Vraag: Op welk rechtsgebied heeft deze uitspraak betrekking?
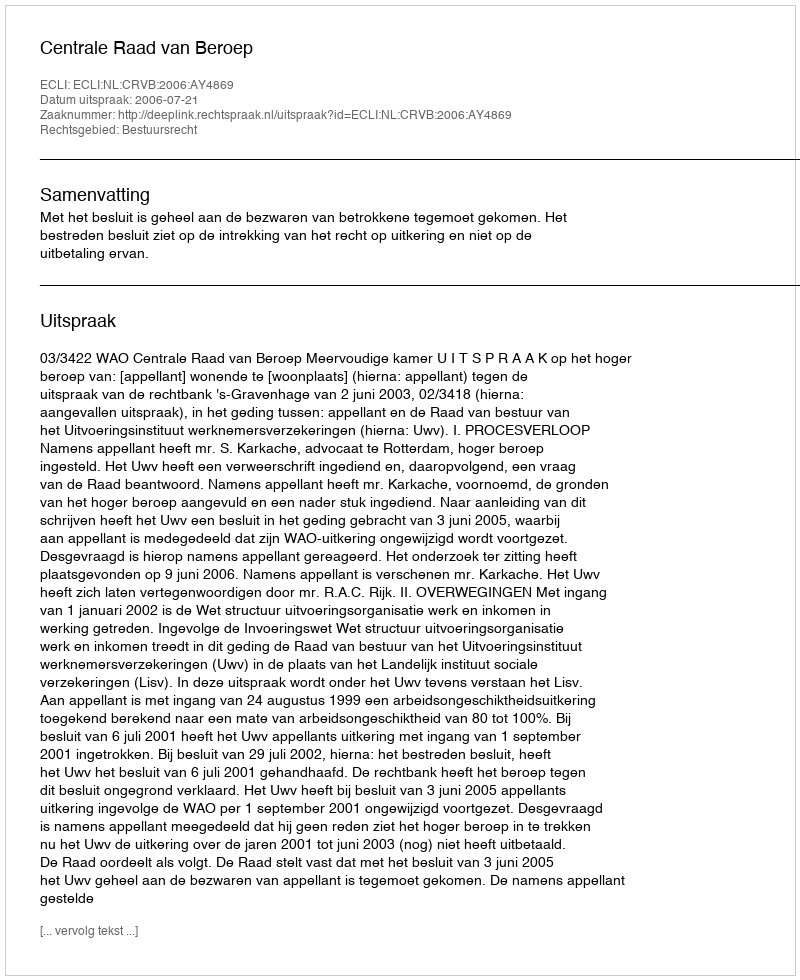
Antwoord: Bestuursrecht